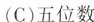
(C)五位数